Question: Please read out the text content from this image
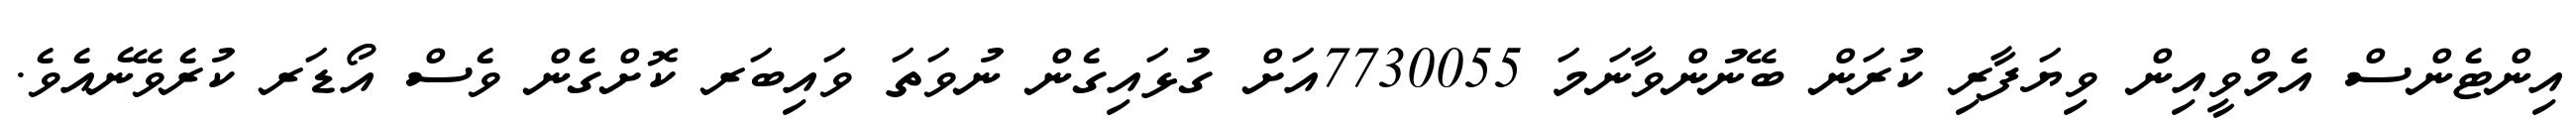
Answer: އިންޓެންސް އެމްވީއިން ވިޔަފާރި ކުރަން ބޭނުންވާނަމަ 7730055އަށް ގުޅައިގެން ނުވަތަ ވައިބަރ ކޮށްގެން ވެސް އޯޑަރ ކުރެވޭނެއެވެ.